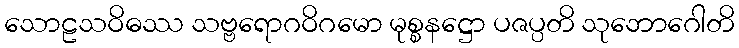
သောဠသဝိဓဿ သဗ္ဗရောဂဝိဂမော မုစ္စနဋ္ဌော ပဇပ္ပတိ သုဘောဂေါတိ